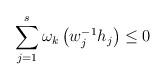
LaTeX: \begin{align*}\sum_{j=1}^s \omega_k\left(w_j^{-1} h_j\right) \le 0\end{align*}